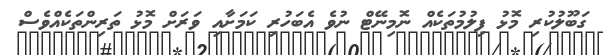
ގަބޫލުކުރި މޮޅު ފިލުމުތަކެއް ނޮމިނޭޓް ނުވެ އެބަހުރި ކަމަށާއި ވަރަށް މޮޅު ތަރިންތަކެއްވެސް